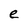
Character: e